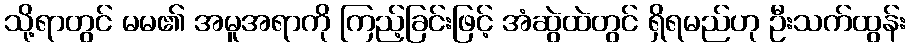
သို့ရာတွင် မမ၏ အမူအရာကို ကြည့်ခြင်းဖြင့် အံဆွဲထဲတွင် ရှိရမည်ဟု ဦးသက်ထွန်း